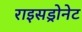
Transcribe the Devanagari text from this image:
राइसड्रोनेट